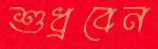
শুধ্‌রবেন